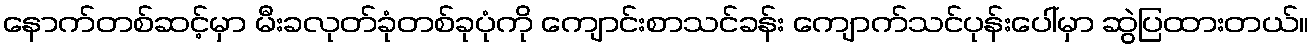
နောက်တစ်ဆင့်မှာ မီးခလုတ်ခုံတစ်ခုပုံကို ကျောင်းစာသင်ခန်း ကျောက်သင်ပုန်းပေါ်မှာ ဆွဲပြထားတယ်။